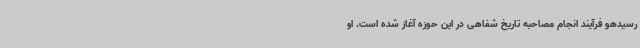
رسیدهو فرآیند انجام مصاحبه تاریخ شفاهی در این حوزه آغاز شده است. او